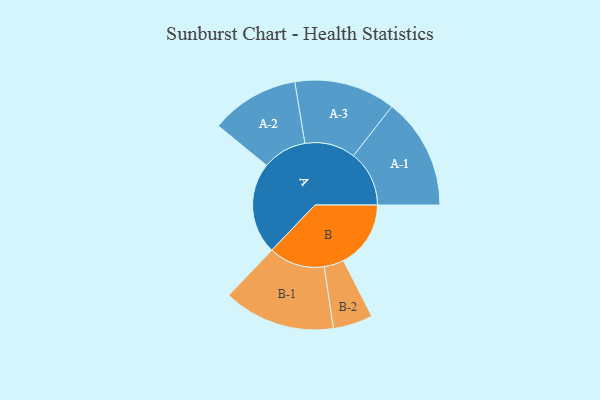
{"axis": {"x": "Segment", "y": "Value"}, "legend": ["", "A", "B"], "data": [{"x": "A", "y": 465, "type": ""}, {"x": "B", "y": 342, "type": ""}, {"x": "A-1", "y": 283, "type": "A"}, {"x": "A-2", "y": 225, "type": "A"}, {"x": "A-3", "y": 257, "type": "A"}, {"x": "B-1", "y": 284, "type": "B"}, {"x": "B-2", "y": 101, "type": "B"}]}